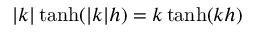
| k | \operatorname { t a n h } ( | k | h ) = k \operatorname { t a n h } ( k h )